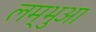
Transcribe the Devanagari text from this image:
लम्‍भुआ